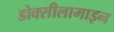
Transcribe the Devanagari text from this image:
डोक्सीलामाइन